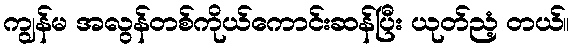
ကျွန်မ အလွန်တစ်ကိုယ်ကောင်းဆန်ပြီး ယုတ်ညံ့ တယ်။